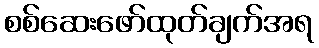
စစ်ဆေးဖော်ထုတ်ချက်အရ